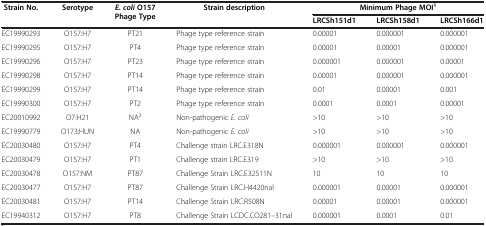
<table><thead><tr><td rowspan="2"><b>Strain No.</b></td><td rowspan="2"><b>Serotype</b></td><td rowspan="2"><b><i>E. coli </i>O157 Phage Type</b></td><td rowspan="2"><b>Strain description</b></td><td colspan="3"><b>Minimum Phage MOI<sup>1</sup></b></td></tr><tr><td><b>LRCSh151d1</b></td><td><b>LRCSh158d1</b></td><td><b>LRCSh166d1</b></td></tr></thead><tbody><tr><td>EC19990293</td><td>O157:H7</td><td>PT21</td><td>Phage type reference strain</td><td>0.00001</td><td>0.000001</td><td>0.000001</td></tr><tr><td>EC19990295</td><td>O157:H7</td><td>PT4</td><td>Phage type reference strain</td><td>0.00001</td><td>0.00001</td><td>0.000001</td></tr><tr><td>EC19990296</td><td>O157:H7</td><td>PT23</td><td>Phage type reference strain</td><td>0.000001</td><td>0.000001</td><td>0.00001</td></tr><tr><td>EC19990298</td><td>O157:H7</td><td>PT14</td><td>Phage type reference strain</td><td>0.00001</td><td>0.000001</td><td>0.000001</td></tr><tr><td>EC19990299</td><td>O157:H7</td><td>PT14</td><td>Phage type reference strain</td><td>0.01</td><td>0.00001</td><td>0.001</td></tr><tr><td>EC19990300</td><td>O157:H7</td><td>PT2</td><td>Phage type reference strain</td><td>0.0001</td><td>0.0001</td><td>0.00001</td></tr><tr><td>EC20010992</td><td>O7:H21</td><td>NA<sup>2</sup></td><td>Non-pathogenic <i>E. coli</i></td><td>&gt;10</td><td>&gt;10</td><td>&gt;10</td></tr><tr><td>EC19990779</td><td>O173:HUN</td><td>NA</td><td>Non-pathogenic <i>E. coli</i></td><td>&gt;10</td><td>&gt;10</td><td>&gt;10</td></tr><tr><td>EC20030480</td><td>O157:H7</td><td>PT4</td><td>Challenge strain LRC.E318N</td><td>0.000001</td><td>0.000001</td><td>0.000001</td></tr><tr><td>EC20030479</td><td>O157:H7</td><td>PT1</td><td>Challenge strain LRC.E319</td><td>&gt;10</td><td>&gt;10</td><td>&gt;10</td></tr><tr><td>EC20030478</td><td>O157:NM</td><td>PT87</td><td>Challenge Strain LRC.E32511N</td><td>10</td><td>10</td><td>10</td></tr><tr><td>EC20030477</td><td>O157:H7</td><td>PT87</td><td>Challenge Strain LRC.H4420nal</td><td>0.000001</td><td>0.00001</td><td>0.000001</td></tr><tr><td>EC20030481</td><td>O157:H7</td><td>PT14</td><td>Challenge Strain LRC.R508N</td><td>0.00001</td><td>0.00001</td><td>0.000001</td></tr><tr><td>EC19940312</td><td>O157:H7</td><td>PT8</td><td>Challenge Strain LCDC.CO281–31nal</td><td>0.000001</td><td>0.0001</td><td>0.01</td></tr></tbody></table>